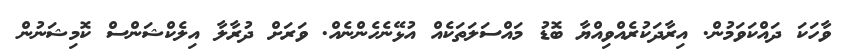
ވާހަކަ ދައްކަވަމުން. އިރާދަކުރެއްވިއްޔާ ބޮޑު މައްސަލަތަކެއް އުޅޭނެހެންނެއް. ވަރަށް ދުރާލާ އިލެކްޝަންސް ކޮމިޝަނުން